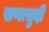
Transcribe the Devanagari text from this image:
सणासुदी